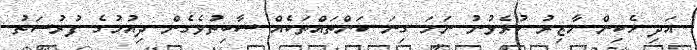
އަދި ހެކިން ހާޒިރު ކުރެވުނު ނަމަ ގިނަ ކަންތައްތަކެއް ސާބިތުވެގެން ދިއުމުގެ ފުރުސަތު